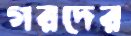
গরদের